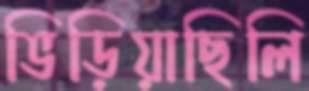
ভিড়িয়াছিলি